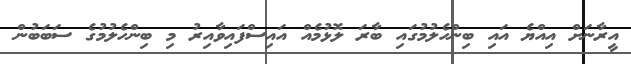
އީރާނަށް އިއްޔެ އައި ބިންހެލުމުގައި ބާރަ ލޮޅުމެއް އައިސްފައިވާއިރު މި ބިންހެލުމުގެ ސަބަބުން